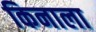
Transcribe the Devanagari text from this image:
किनाला